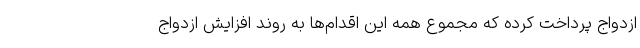
ازدواج پرداخت کرده که مجموع همه این اقدام‌ها به روند افزایش ازدواج